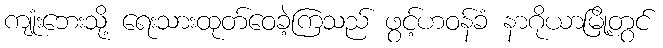
ကျုံးဘေးသို့ ရေးသားထုတ်ဝေခဲ့ကြသည် ဖွင့်ဟဝန်ခံ နာဂိုယာမြို့တွင်